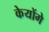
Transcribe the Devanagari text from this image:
केयोंगे